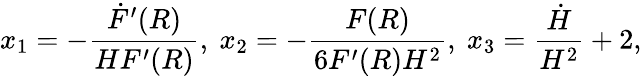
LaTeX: x_{1}=-\frac{\dot{F}^{\prime}(R)}{HF^{\prime}(R)},~x_{2}=-\frac{F(R)}{6F^{\prime}(R)H^{2}},~x_{3}=\frac{\dot{H}}{H^{2}}+2,